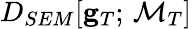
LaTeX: D_{SEM}[{\mathbf g}_{T};\, \mathcal{M}_{T}]